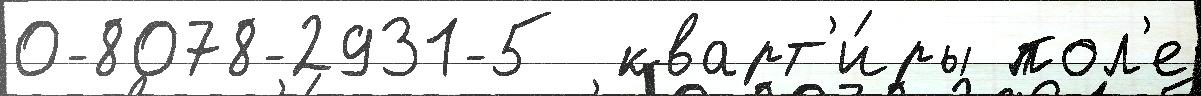
0-8078-2931-5  кварт'и́ры пол'е